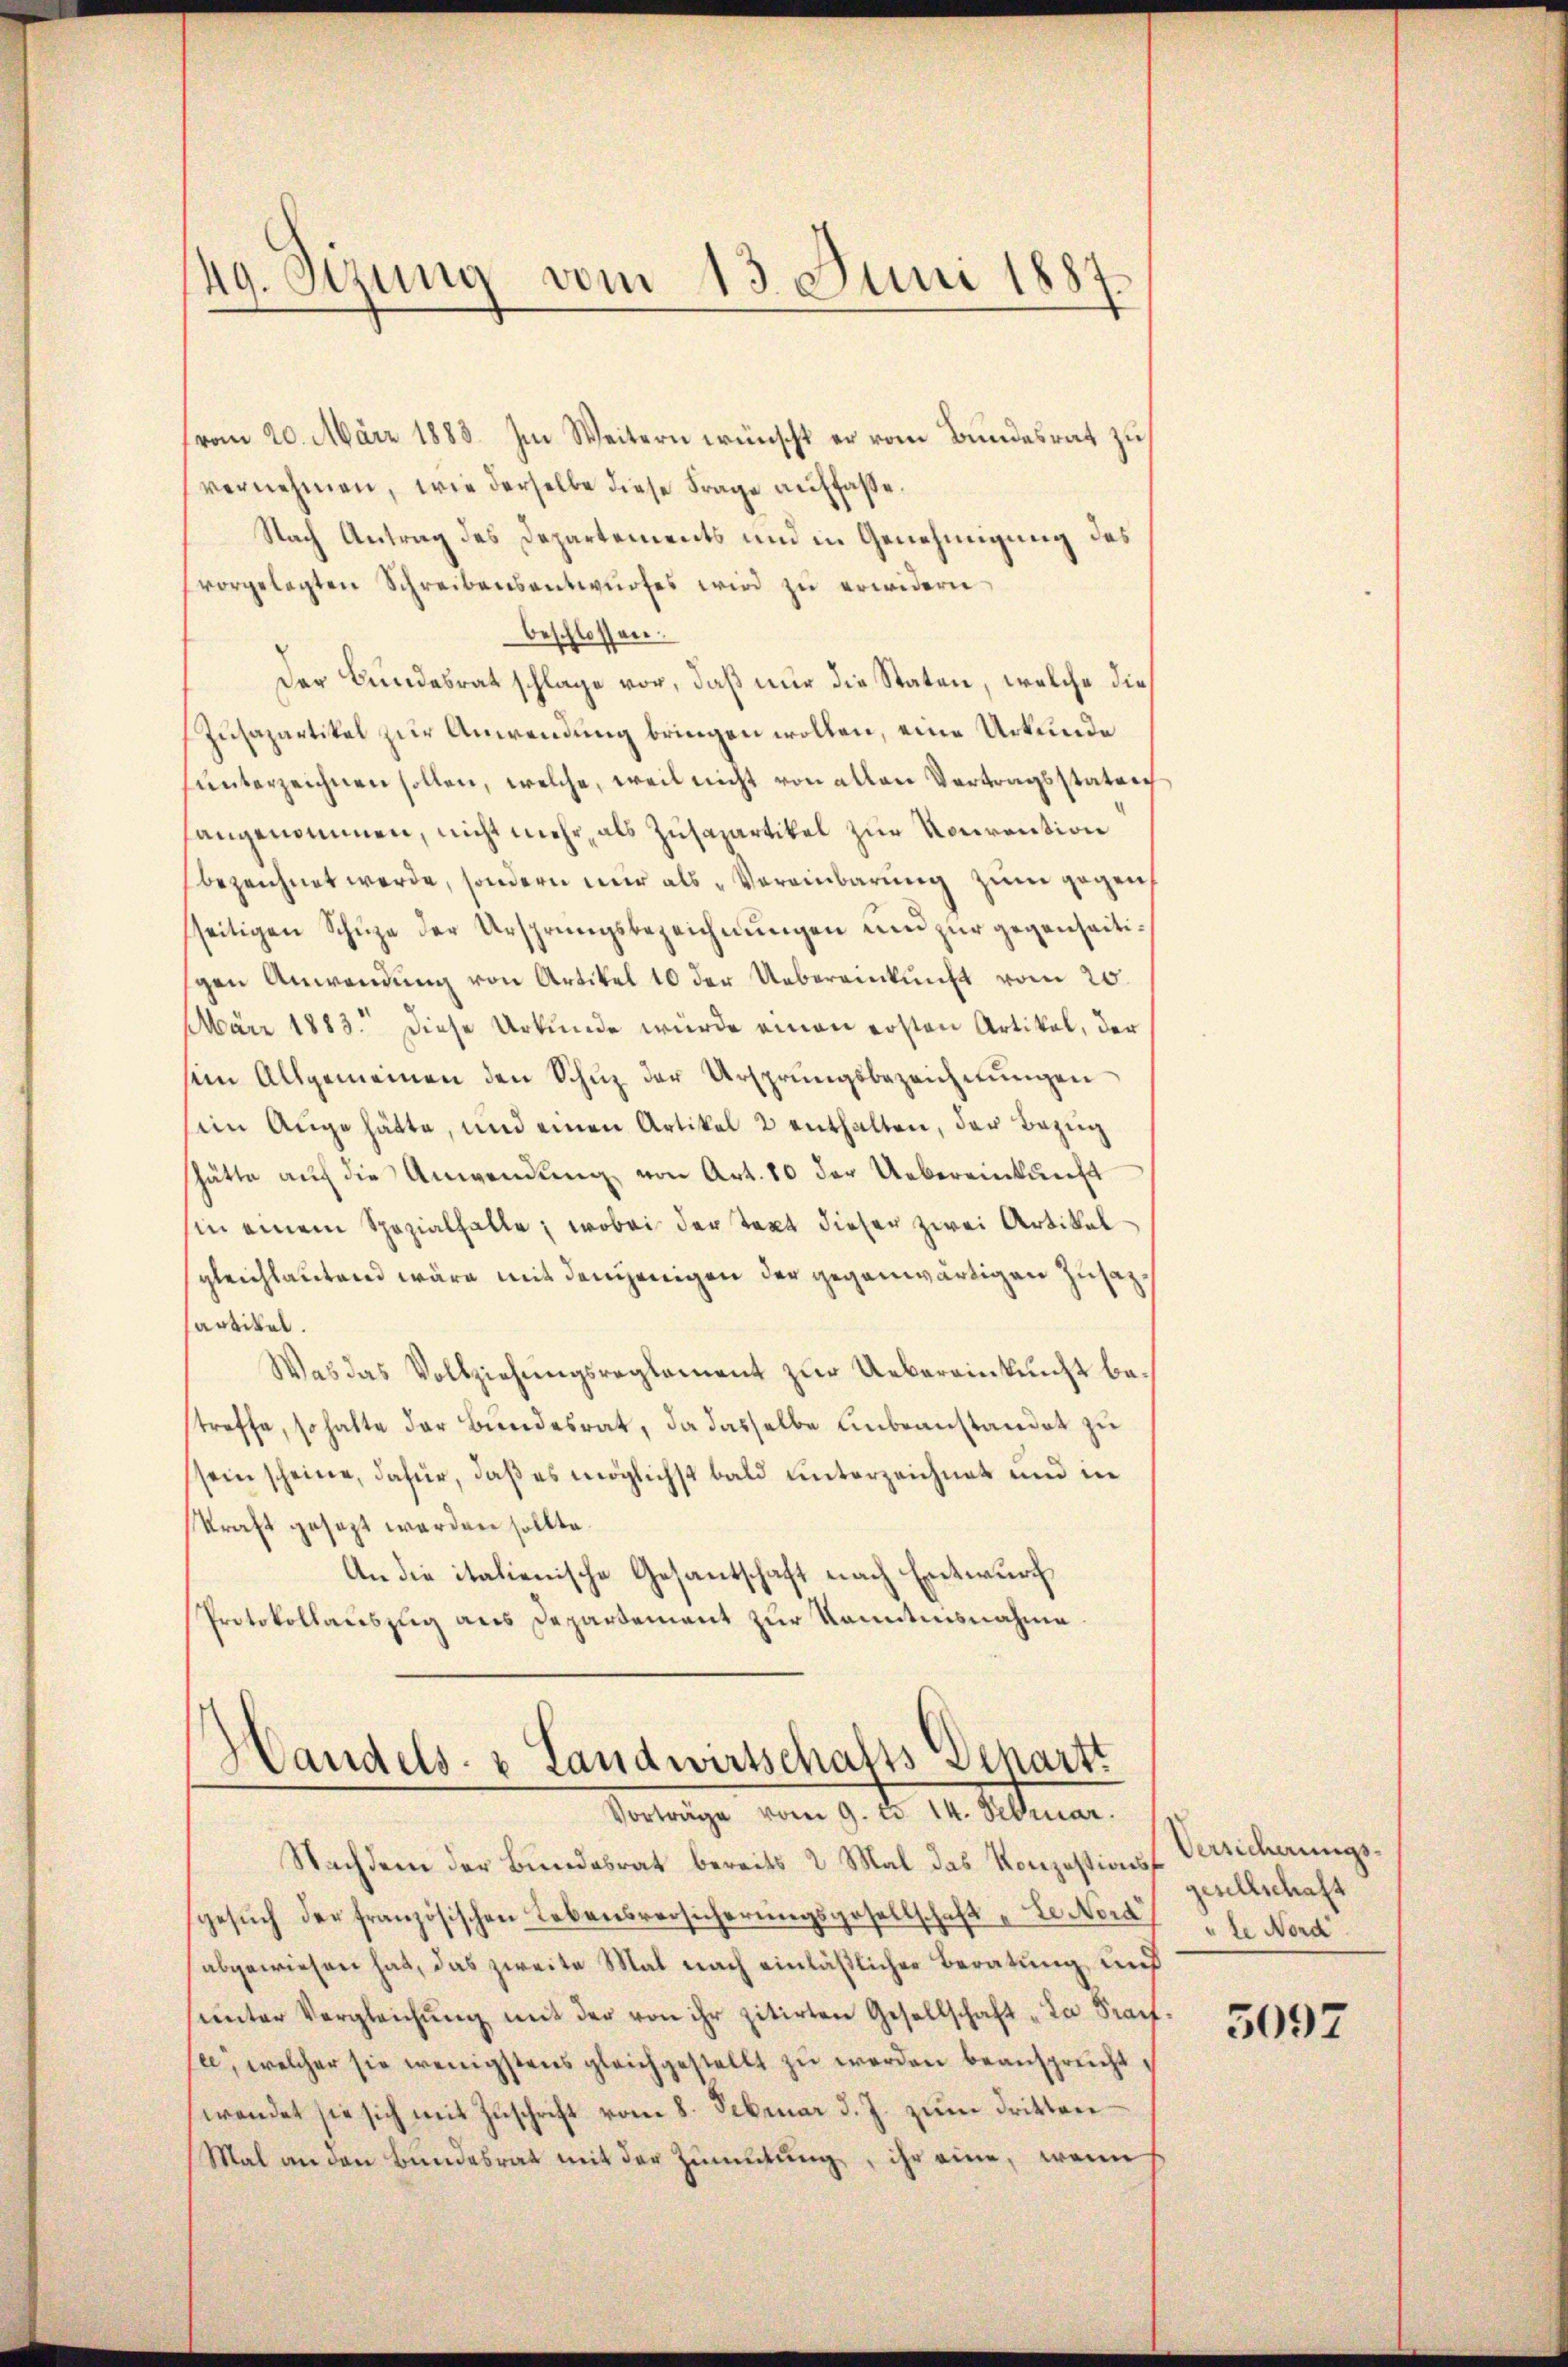
49. Szung vom 13. Juni 1887.

vom 20. März 1888. Im Weitern wünscht er vom Bundesrat zu
vernehmen, wie derselbe diese Frage auffasse.
Nach Antrag des Departements und in Genehmigung des
vorgelegten Schreibensantwurfes wird zu erwidern,
beschlossen:
Der Bundesrat schlage vor, daß nur die Staten, welche die
Zusapartikel zur Anwendung bringen wollen, eine Urkunde
ŭnterzeichnen sollen, welche, weil nicht von allen Vertragsstaten
langenommen, nicht mehr, als Zusapartikel zur Vorrention
bezeichnet werde, sondern nur als „Vereinbarung zum gegen
sseitigen Schüze der Ursprungsbezeichnungen und zur gegenseitigen Anwendung von Artikel 10 der Uebereinkunft vom 20.
März 1883. Diese Urkunde würde einen ersten Artikel, der
sein Allgemeinen den Schŭz der Ursprungsbezeichnŭngen
sein Auge hätte, und einen Artikel 2 enthalten, der Bezug
shätte aŭf die Anwendung von Art. 80 der Uebereinkunft
hin einem Spezialfalle; wobei der Text dieser zwei Artikel
sgleichlautend wäre mit demjenigen der gegenwärtigen Zusatsartikel.
Was das Vollziehungsreglement zur Uebereinkunft bestreffe, so halte der Bundesrat, da dasselbe unbeanstandet zu
sein scheine, dafür, daß es möglichst bald unterzeichnet und in
kraft gesezt werden sollte.
An die italienische Gesantschaft nach Entwurf
Protokollauszug aus Departement zur Kenntnisnahme

Handels- & Landwirtschafts-Schartt
Vorträge vom 9. d. 14. Februar.

Nachdem der Bundesrat bereits 2 Mal das Konzessions-Versicherungsgesuch der französischen Lebensversicherungsgesellschaft „Le dort de Nord
abgewiesen hat, das zweite Mal nach einläßlicher Beratung, und
unter Vergleichung mit der von ihr zitirten Gesellschaft „La Trauf
se, welcher sie wenigstens gleichgestellt zŭ werden beansprecht,
wendet sie sich mit Zŭschrift vom 8. Februar d. J. zŭm Dritten
Mal an den Bundesrat mit der Zumutung, ihr eine, wenn

gesellschaft

5097